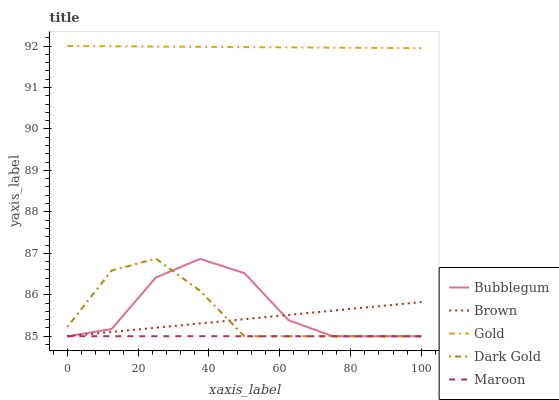
| xaxis_label | Bubblegum | Brown | Gold | Dark Gold | Maroon |
 | --- | --- | --- | --- | --- | --- |
 | 0 | 85 | 85 | 92 | 85.2 | 85 |
 | 12.5 | 85.2 | 85.1 | 92 | 86.6 | 85 |
 | 25 | 86.4 | 85.2 | 92 | 86.9 | 85 |
 | 37.5 | 86.9 | 85.3 | 92 | 86.1 | 85 |
 | 50 | 86.5 | 85.4 | 92 | 85 | 85 |
 | 62.5 | 85.4 | 85.5 | 92 | 85 | 85 |
 | 75 | 85 | 85.6 | 92 | 85 | 85 |
 | 87.5 | 85 | 85.7 | 92 | 85 | 85 |
 | 100 | 85 | 85.8 | 91.9 | 85 | 85 |